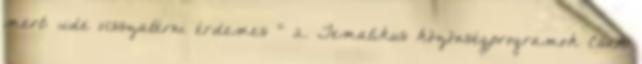
mert: „ide visszatérni érdemes ” 2. Tematikus közönségprogramok Csak